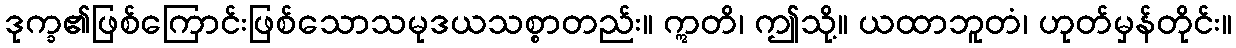
ဒုက္ခ၏ဖြစ်ကြောင်းဖြစ်သောသမုဒယသစ္စာတည်း။ ဣတိ၊ ဤသို့။ ယထာဘူတံ၊ ဟုတ်မှန်တိုင်း။